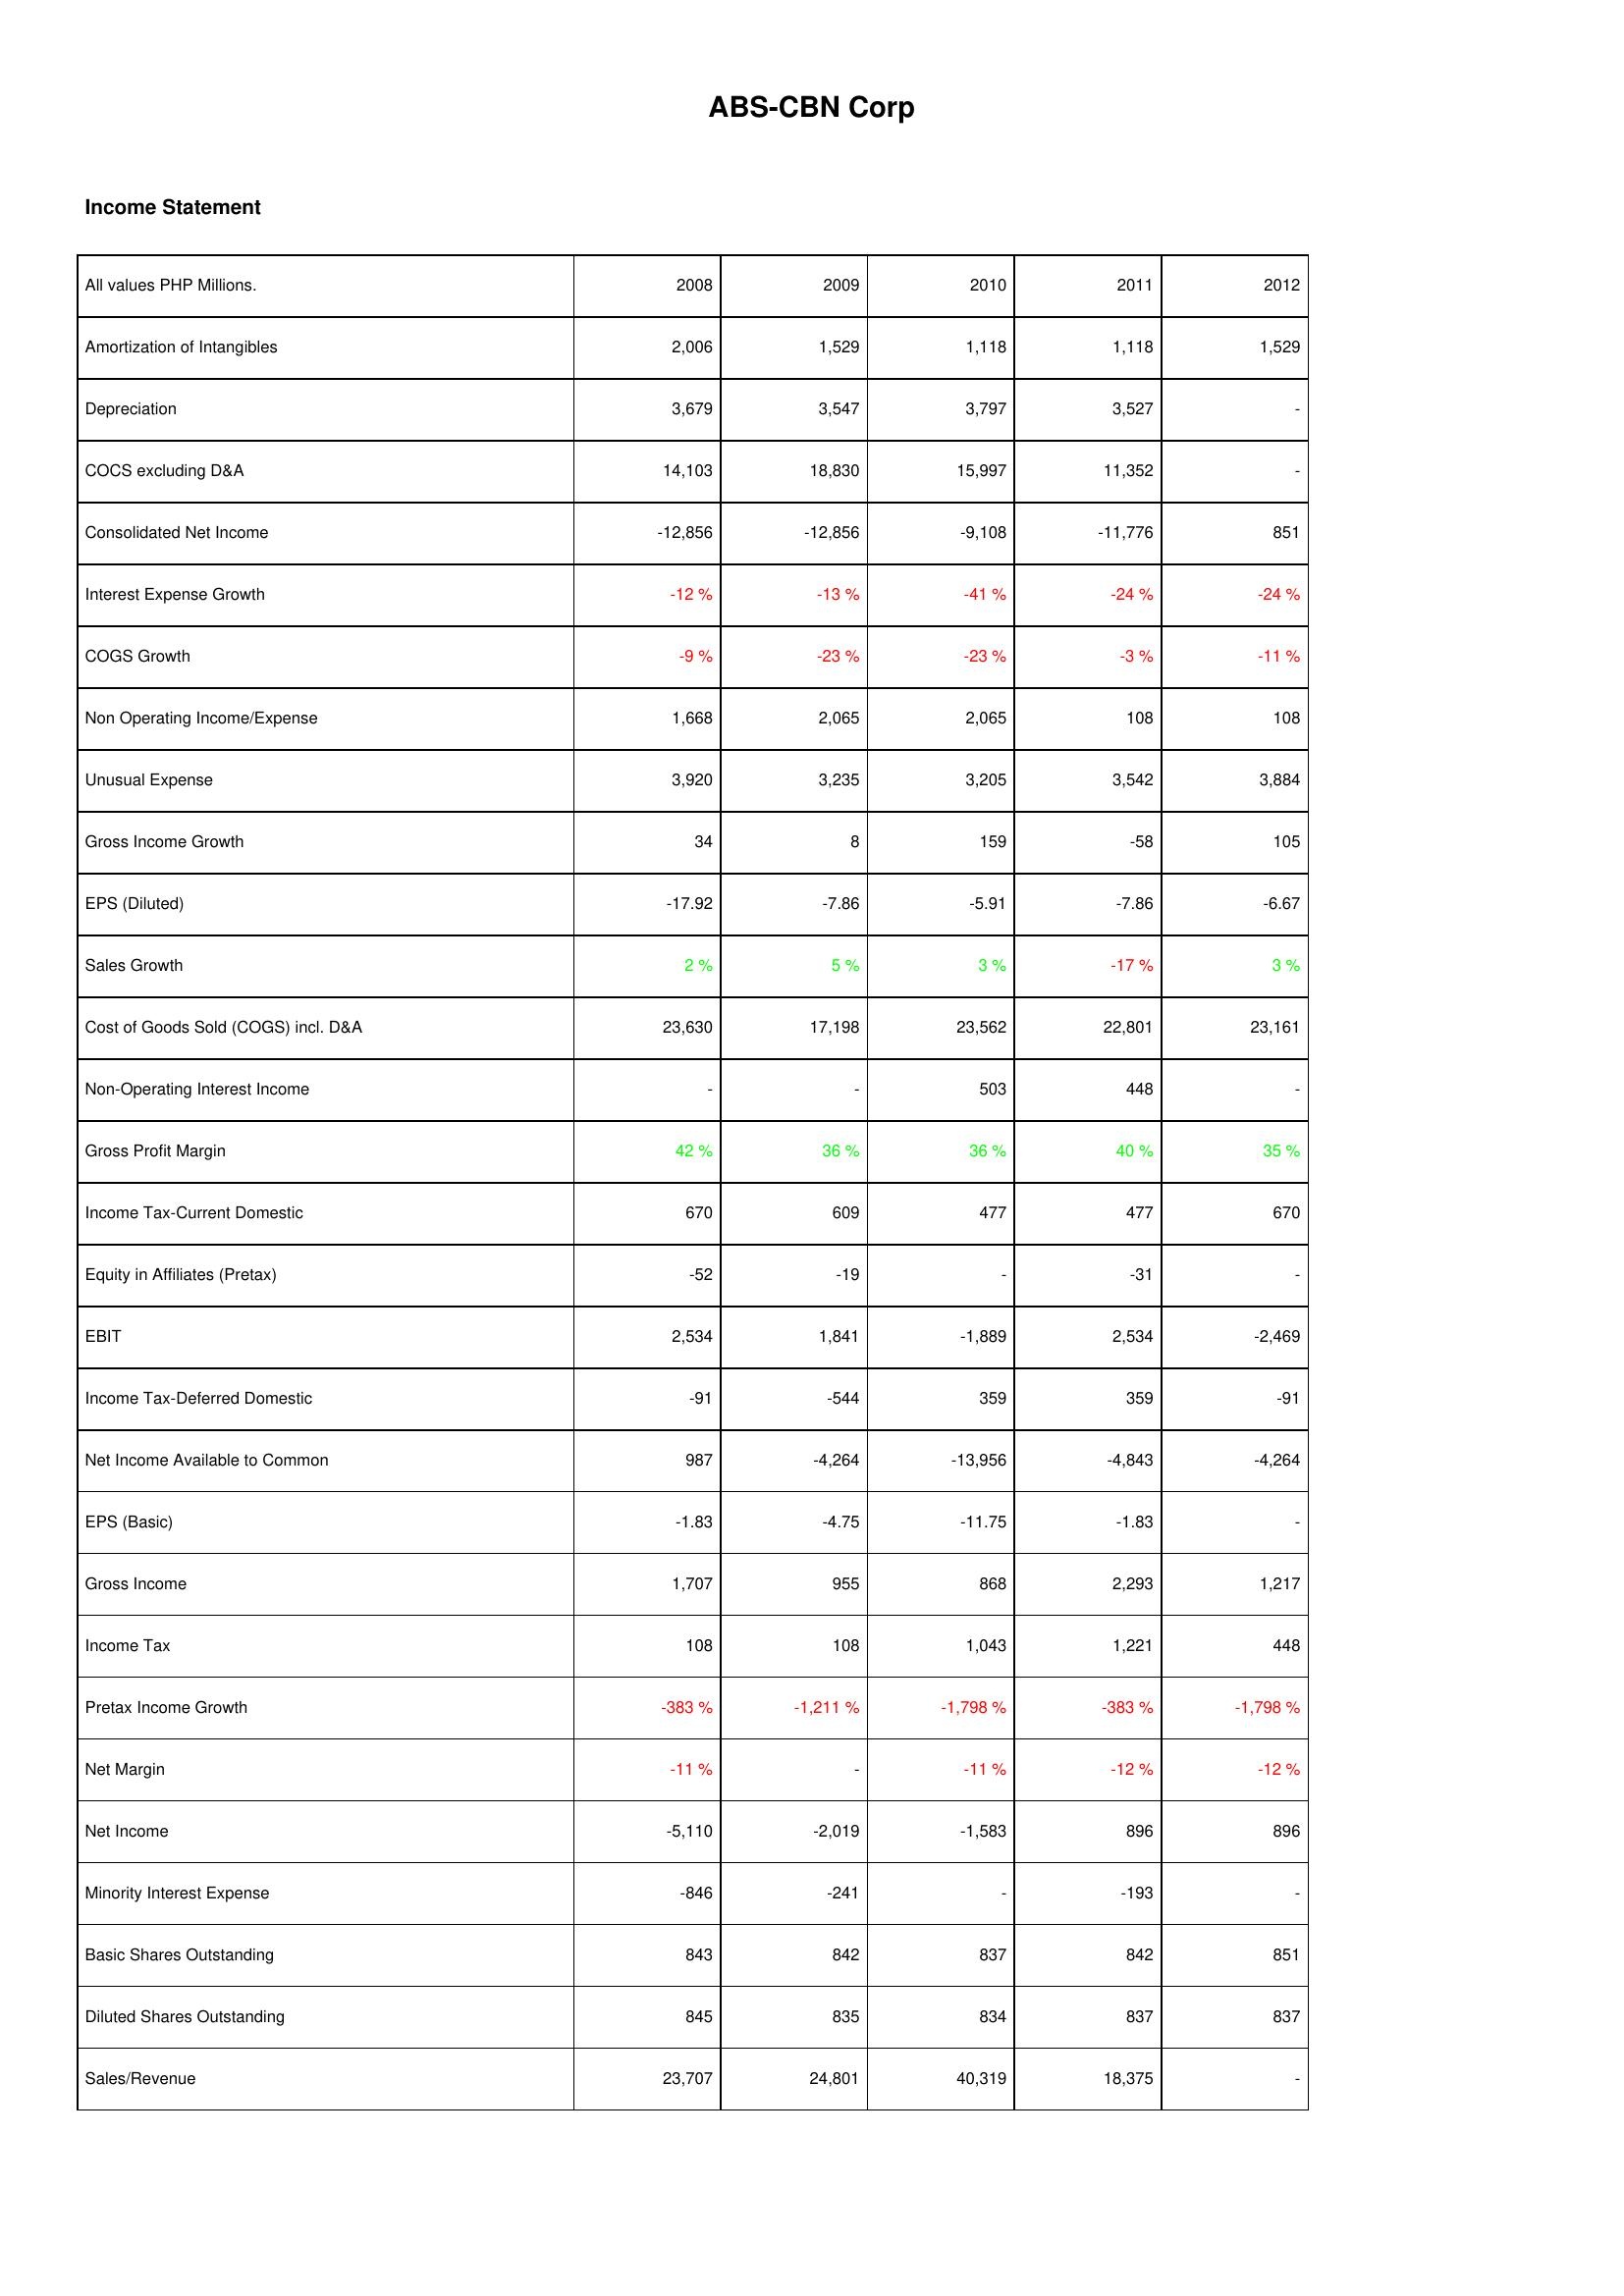
2008: Income Statement: Amortization of Intangibles: 2,006
Depreciation: 3,679
COCS excluding D&A: 14,103
Consolidated Net Income: -12,856
Interest Expense Growth: -12 %
COGS Growth: -9 %
Non Operating Income/Expense: 1,668
Unusual Expense: 3,920
Gross Income Growth: 34
EPS (Diluted): -17.92
Sales Growth: 2 %
Cost of Goods Sold (COGS) incl. D&A: 23,630
Non-Operating Interest Income: -
Gross Profit Margin: 42 %
Income Tax-Current Domestic: 670
Equity in Affiliates (Pretax): -52
EBIT: 2,534
Income Tax-Deferred Domestic: -91
Net Income Available to Common: 987
EPS (Basic): -1.83
Gross Income: 1,707
Income Tax: 108
Pretax Income Growth: -383 %
Net Margin: -11 %
Net Income: -5,110
Minority Interest Expense: -846
Basic Shares Outstanding: 843
Diluted Shares Outstanding: 845
Sales/Revenue: 23,707
2009: Income Statement: Amortization of Intangibles: 1,529
Depreciation: 3,547
COCS excluding D&A: 18,830
Consolidated Net Income: -12,856
Interest Expense Growth: -13 %
COGS Growth: -23 %
Non Operating Income/Expense: 2,065
Unusual Expense: 3,235
Gross Income Growth: 8
EPS (Diluted): -7.86
Sales Growth: 5 %
Cost of Goods Sold (COGS) incl. D&A: 17,198
Non-Operating Interest Income: -
Gross Profit Margin: 36 %
Income Tax-Current Domestic: 609
Equity in Affiliates (Pretax): -19
EBIT: 1,841
Income Tax-Deferred Domestic: -544
Net Income Available to Common: -4,264
EPS (Basic): -4.75
Gross Income: 955
Income Tax: 108
Pretax Income Growth: -1,211 %
Net Margin: -
Net Income: -2,019
Minority Interest Expense: -241
Basic Shares Outstanding: 842
Diluted Shares Outstanding: 835
Sales/Revenue: 24,801
2010: Income Statement: Amortization of Intangibles: 1,118
Depreciation: 3,797
COCS excluding D&A: 15,997
Consolidated Net Income: -9,108
Interest Expense Growth: -41 %
COGS Growth: -23 %
Non Operating Income/Expense: 2,065
Unusual Expense: 3,205
Gross Income Growth: 159
EPS (Diluted): -5.91
Sales Growth: 3 %
Cost of Goods Sold (COGS) incl. D&A: 23,562
Non-Operating Interest Income: 503
Gross Profit Margin: 36 %
Income Tax-Current Domestic: 477
Equity in Affiliates (Pretax): -
EBIT: -1,889
Income Tax-Deferred Domestic: 359
Net Income Available to Common: -13,956
EPS (Basic): -11.75
Gross Income: 868
Income Tax: 1,043
Pretax Income Growth: -1,798 %
Net Margin: -11 %
Net Income: -1,583
Minority Interest Expense: -
Basic Shares Outstanding: 837
Diluted Shares Outstanding: 834
Sales/Revenue: 40,319
2011: Income Statement: Amortization of Intangibles: 1,118
Depreciation: 3,527
COCS excluding D&A: 11,352
Consolidated Net Income: -11,776
Interest Expense Growth: -24 %
COGS Growth: -3 %
Non Operating Income/Expense: 108
Unusual Expense: 3,542
Gross Income Growth: -58
EPS (Diluted): -7.86
Sales Growth: -17 %
Cost of Goods Sold (COGS) incl. D&A: 22,801
Non-Operating Interest Income: 448
Gross Profit Margin: 40 %
Income Tax-Current Domestic: 477
Equity in Affiliates (Pretax): -31
EBIT: 2,534
Income Tax-Deferred Domestic: 359
Net Income Available to Common: -4,843
EPS (Basic): -1.83
Gross Income: 2,293
Income Tax: 1,221
Pretax Income Growth: -383 %
Net Margin: -12 %
Net Income: 896
Minority Interest Expense: -193
Basic Shares Outstanding: 842
Diluted Shares Outstanding: 837
Sales/Revenue: 18,375
2012: Income Statement: Amortization of Intangibles: 1,529
Depreciation: -
COCS excluding D&A: -
Consolidated Net Income: 851
Interest Expense Growth: -24 %
COGS Growth: -11 %
Non Operating Income/Expense: 108
Unusual Expense: 3,884
Gross Income Growth: 105
EPS (Diluted): -6.67
Sales Growth: 3 %
Cost of Goods Sold (COGS) incl. D&A: 23,161
Non-Operating Interest Income: -
Gross Profit Margin: 35 %
Income Tax-Current Domestic: 670
Equity in Affiliates (Pretax): -
EBIT: -2,469
Income Tax-Deferred Domestic: -91
Net Income Available to Common: -4,264
EPS (Basic): -
Gross Income: 1,217
Income Tax: 448
Pretax Income Growth: -1,798 %
Net Margin: -12 %
Net Income: 896
Minority Interest Expense: -
Basic Shares Outstanding: 851
Diluted Shares Outstanding: 837
Sales/Revenue: -